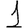
Digit: 1